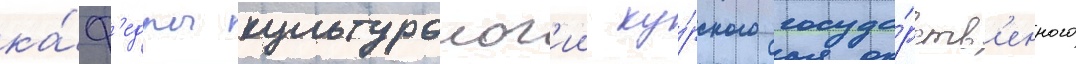
ка́ф'едры культуролог'ии ку́рского госуда́рств'енного